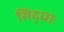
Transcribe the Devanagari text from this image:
सिद्धाः